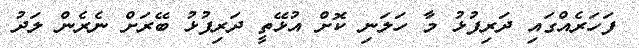
ފަހަރެއްގައި ދަރިފުޅު މާ ހަލަނި ކޮށް އުޅޭތީ ދަރިފުޅު ބޭރަށް ނެރެން ލަދު